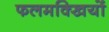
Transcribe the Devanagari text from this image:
फलमक्खियों